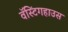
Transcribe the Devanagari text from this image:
वॅस्टिंगहाउस